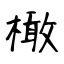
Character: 橄